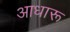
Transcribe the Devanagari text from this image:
आधारू